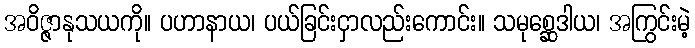
အဝိဇ္ဇာနုသယကို။ ပဟာနာယ၊ ပယ်ခြင်းငှာလည်းကောင်း။ သမုစ္ဆေဒါယ၊ အကြွင်းမဲ့